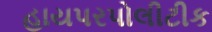
હાયપરપોલીટીક